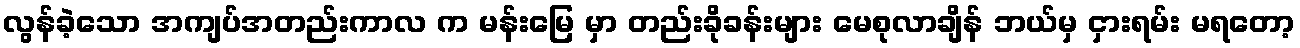
လွန်ခဲ့သော အကျပ်အတည်းကာလ က မန်းမြေ မှာ တည်းခိုခန်းများ မေစုလာချိန် ဘယ်မှ ငှားရမ်း မရတော့